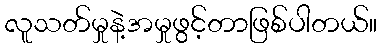
လူသတ်မှုနဲ့အမှုဖွင့်တာဖြစ်ပါတယ်။